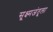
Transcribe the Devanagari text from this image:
सूक्ष्मजंतूला